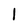
Character: 1